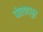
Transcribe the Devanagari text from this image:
पोलादपुर